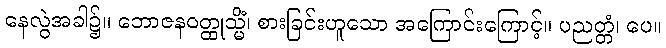
နေလွဲအခါ၌။ ဘောဇနဝတ္ထုသ္မိံ၊ စားခြင်းဟူသော အကြောင်းကြောင့်။ ပညတ္တံ၊ ပေ။